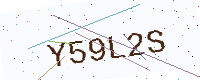
Text: Y59L2S